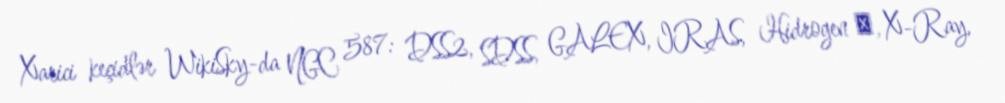
Xarici keçidlər WikiSky-da NGC 587: DSS2, SDSS, GALEX, IRAS, Hidrogen α, X-Ray,